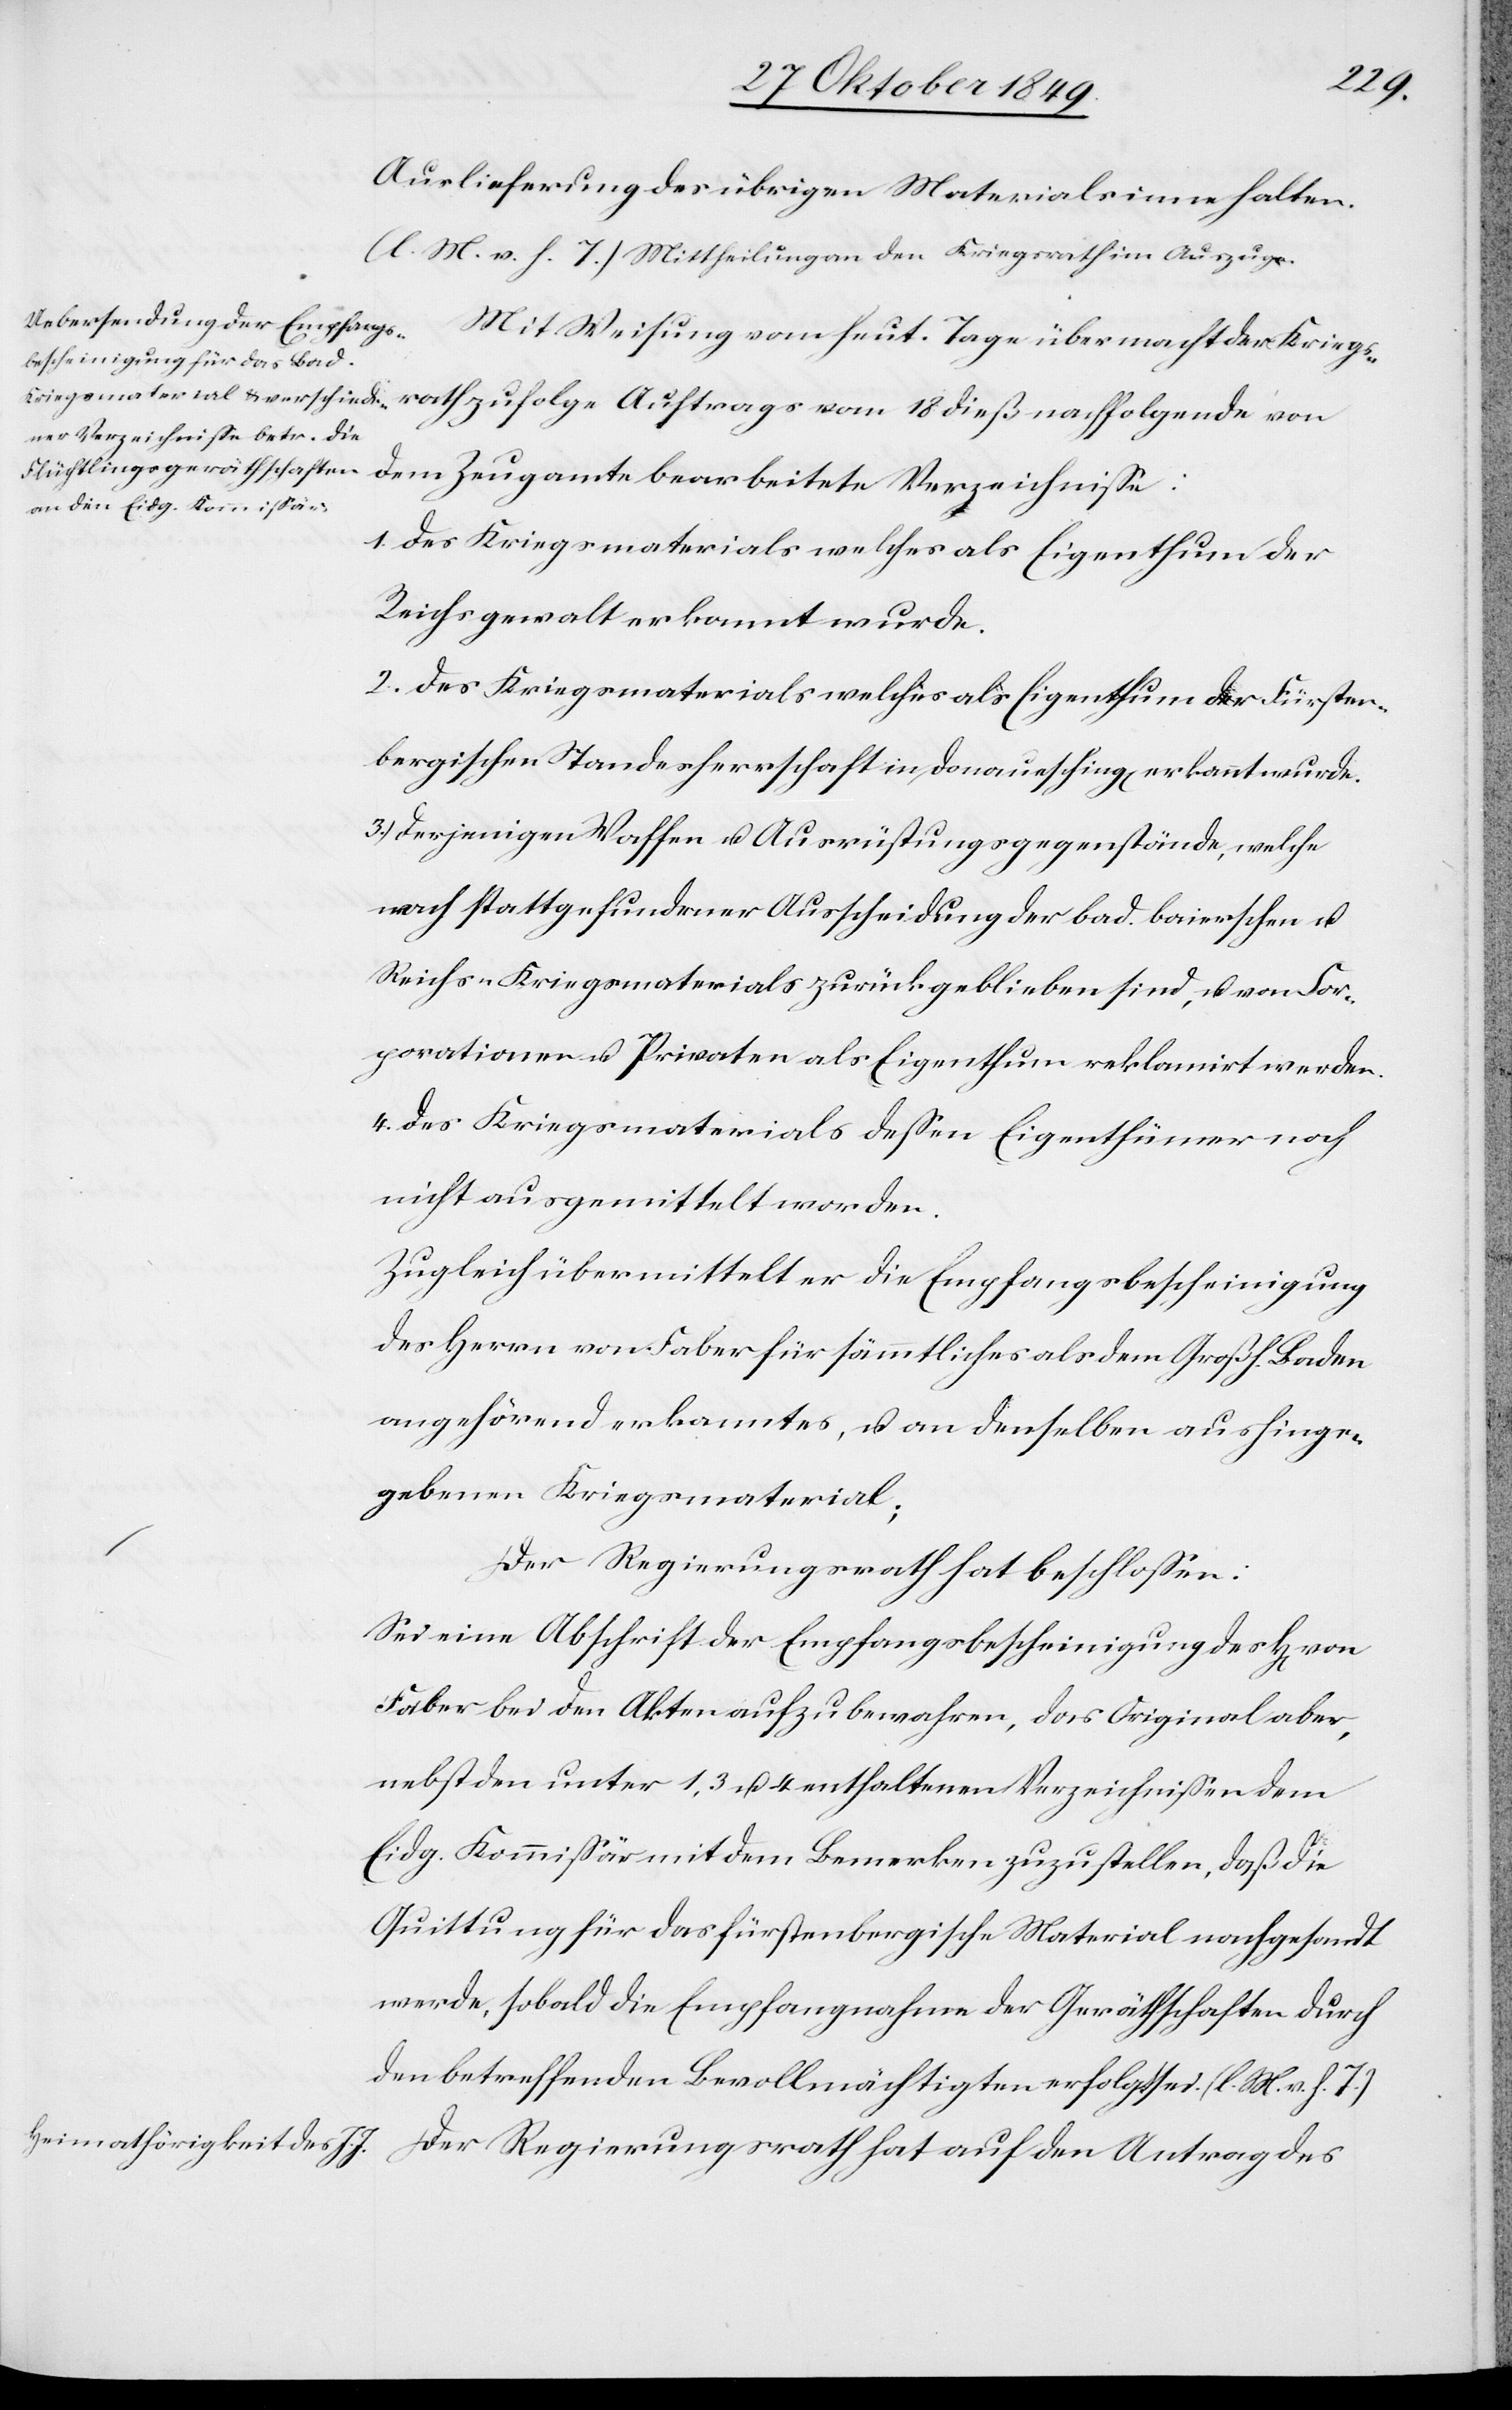
trag
Auslieferung des übrigen Materials inne halten.
[l. M. v. h. T] Mittheilungen an den Kriegsrath im Auszuge.
1. Des Kriegsmaterials welches als Eigenthum der
Reichsgewalt erkannt wurde.
2. Des Kriegsmaterials welches als Eigenthum der Fürsten¬
bergischen Standesherrschaft in Donauesching[en] erkannt wurde.
3. Derjenigen Waffen u. Ausrüstungsgegenstände, welche
nach stattgefundener Ausscheidung bad. Baierschen u.
Reichs-Kriegsmaterials zurückgeblieben sind, u. von Cor¬
porationen u. Privaten als Eigenthum reklamirt werden.
4. Des Kriegsmaterials deßen Eigenthümer noch
nicht ausgemittelt worden.
Zugleich übermittelt er die Empfangsbescheinigung
des Herrn von Faber für sämmtliches als dem Großh. Baden
angehörend erkanntes, u. an denselben aushinge¬
gebenen Kriegsmaterial;
Der Regierungsrath hat auf den An¬
Sei eine Abschrift der Empfangsbescheinigung des H[errn]
Faber bei den Akten aufzubewahren, das Original aber,
nebst den unter 1, 3 u. 4 enthaltenen Verzeichnißen dem
Eidg. Kommißär mit dem Bemerken zuzustellen, daß die
Quittung für das fürstenbergische Material nachgesandt
werde, sobald die Empfangnahme der Geräthschaften durch
den betreffenden Bevollmächtigten erfolgt sei. [l. M. v. h. T]